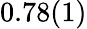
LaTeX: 0.78(1)